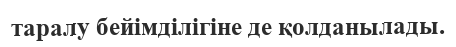
таралу бейімділігіне де қолданылады.